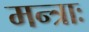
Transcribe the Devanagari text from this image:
मन्त्राः